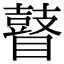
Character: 瞽